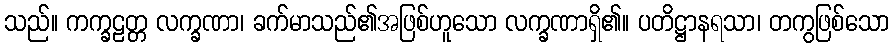
သည်။ ကက္ခဠတ္တ လက္ခဏာ၊ ခက်မာသည်၏အဖြစ်ဟူသော လက္ခဏာရှိ၏။ ပတိဋ္ဌာနရသာ၊ တကွဖြစ်သော